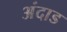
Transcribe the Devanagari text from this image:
अंदाड